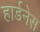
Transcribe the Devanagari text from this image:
हार्डनेस